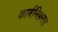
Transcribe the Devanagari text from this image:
कार्बनिफ़रस